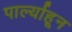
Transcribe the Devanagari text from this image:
पार्ल्याहून